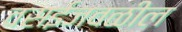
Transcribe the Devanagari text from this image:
वसईजवळील